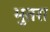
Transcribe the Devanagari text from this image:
भुतरा